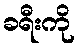
ခရီးကို